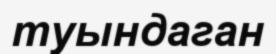
туындаган